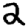
Digit: 2